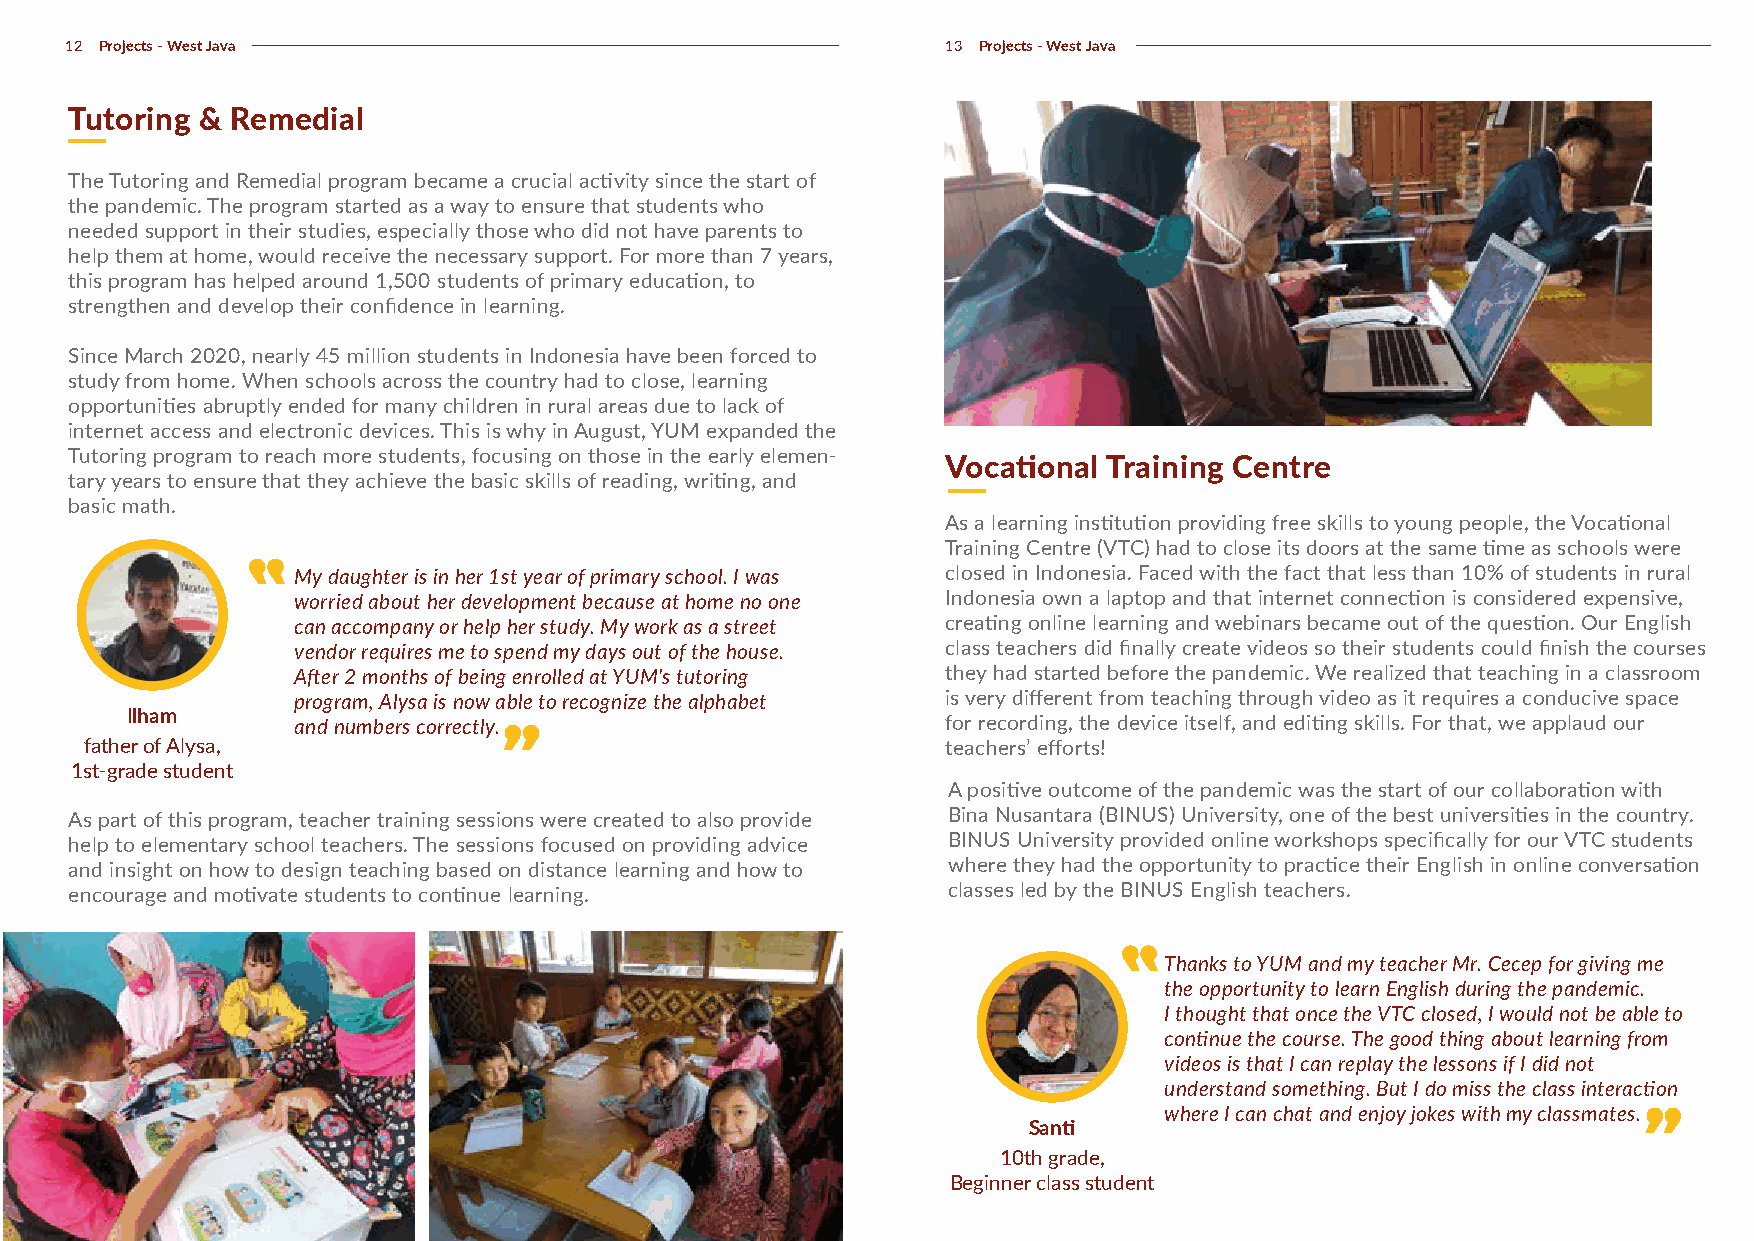
12 Projects - West Java                                    13 Projects - West Java
 Tutoring & Remedial
 The Tutoring and Remedial program became a crucial activity since the start of
 the pandemic. The program started as a way to ensure that students who
 needed support in their studies, especially those who did not have parents to
 help them at home, would receive the necessary support. For more than 7 years,
 this program has helped around 1,500 students of primary education, to
 strengthen and develop their confidence in learning.
 Since March 2020, nearly 45 million students in Indonesia have been forced to
 study from home. When schools across the country had to close, learning
 opportunities abruptly ended for many children in rural areas due to lack of
 internet access and electronic devices. This is why in August, YUM expanded the
 Tutoring program to reach more students, focusing on those in the early elemen-
 Vocational Training Centre
 tary years to ensure that they achieve the basic skills of reading, writing, and
 basic math.
 As a learning institution providing free skills to young people, the Vocational
 Training Centre (VTC) had to close its doors at the same time as schools were
 My daughter is in her 1st year of primary school. I was closed in Indonesia. Faced with the fact that less than 10% of students in rural
 worried about her development because at home no one Indonesia own a laptop and that internet connection is considered expensive,
 can accompany or help her study. My work as a street creating online learning and webinars became out of the question. Our English
 vendor requires me to spend my days out of the house. class teachers did finally create videos so their students could finish the courses
 After 2 months of being enrolled at YUM's tutoring they had started before the pandemic. We realized that teaching in a classroom
 program, Alysa is now able to recognize the alphabet is very different from teaching through video as it requires a conducive space
 Ilham
 and numbers correctly.                      for recording, the device itself, and editing skills. For that, we applaud our
 father of Alysa,                                         teachers’ efforts!
 1st-grade student
 A positive outcome of the pandemic was the start of our collaboration with
 As part of this program, teacher training sessions were created to also provide Bina Nusantara (BINUS) University, one of the best universities in the country.
 help to elementary school teachers. The sessions focused on providing advice BINUS University provided online workshops specifically for our VTC students
 and insight on how to design teaching based on distance learning and how to where they had the opportunity to practice their English in online conversation
 encourage and motivate students to continue learning.     classes led by the BINUS English teachers.
 Thanks to YUM and my teacher Mr. Cecep for giving me
 the opportunity to learn English during the pandemic.
 I thought that once the VTC closed, I would not be able to
 continue the course. The good thing about learning from
 videos is that I can replay the lessons if I did not
 understand something. But I do miss the class interaction
 where I can chat and enjoy jokes with my classmates.
 Santi
 10th grade,
 Beginner class student